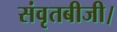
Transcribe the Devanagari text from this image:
संवृतबीजी।